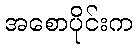
အစောပိုင်းက